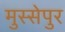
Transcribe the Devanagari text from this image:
मुस्सेपुर